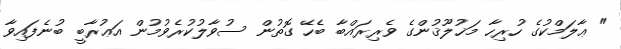
" ޢާލަމްކުގެ ހުރިހާ މަޚުލޫޤުންގެ ވެރިރައްބާ ބެހޭ ގޮތުން ސުވާލުކުރެވުމުން އަޢުރާބީ ބުނެފައިވާ